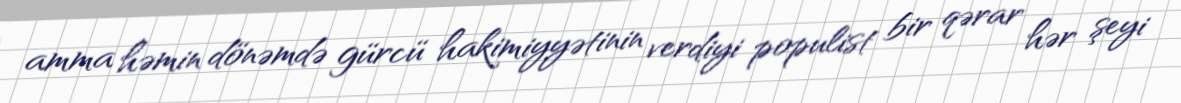
amma həmin dönəmdə gürcü hakimiyyətinin verdiyi populist bir qərar hər şeyi